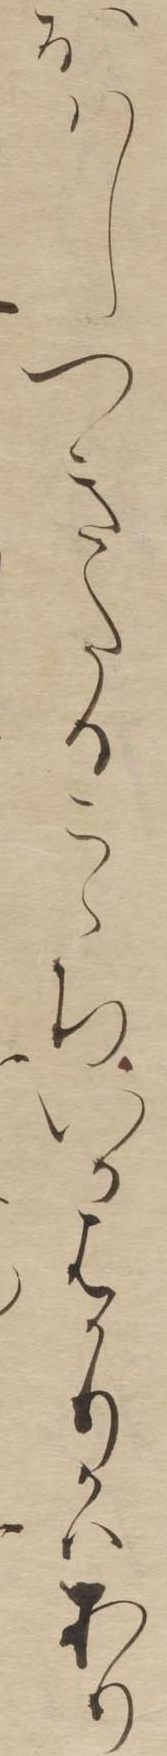
おはしつきたるこゝちいかはかりかはあり